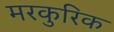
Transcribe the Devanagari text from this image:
मरकुरिक